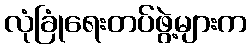
လုံခြုံရေးတပ်ဖွဲ့များက